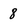
Character: 8